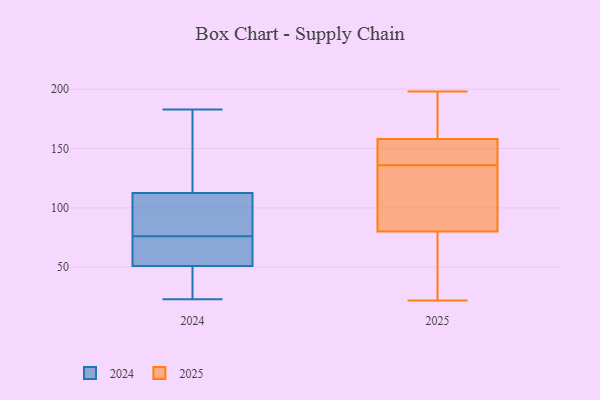
{"axis": {"x": "Demand Index", "y": "Value"}, "legend": ["2024", "2025"], "data": [{"x": "", "y": 117, "type": "2024"}, {"x": "", "y": 24, "type": "2024"}, {"x": "", "y": 89, "type": "2024"}, {"x": "", "y": 45, "type": "2024"}, {"x": "", "y": 155, "type": "2024"}, {"x": "", "y": 183, "type": "2024"}, {"x": "", "y": 23, "type": "2024"}, {"x": "", "y": 108, "type": "2024"}, {"x": "", "y": 57, "type": "2024"}, {"x": "", "y": 68, "type": "2024"}, {"x": "", "y": 74, "type": "2024"}, {"x": "", "y": 78, "type": "2024"}, {"x": "", "y": 162, "type": "2025"}, {"x": "", "y": 198, "type": "2025"}, {"x": "", "y": 141, "type": "2025"}, {"x": "", "y": 22, "type": "2025"}, {"x": "", "y": 163, "type": "2025"}, {"x": "", "y": 121, "type": "2025"}, {"x": "", "y": 146, "type": "2025"}, {"x": "", "y": 116, "type": "2025"}, {"x": "", "y": 38, "type": "2025"}, {"x": "", "y": 68, "type": "2025"}, {"x": "", "y": 136, "type": "2025"}]}